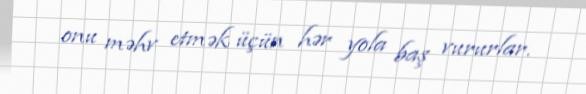
onu məhv etmək üçün hər yola baş vururlar.